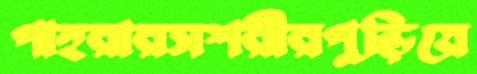
পাহরারসশরীরপুড়িয়ে